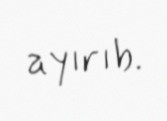
ayırıb.